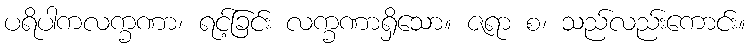
ပရိပါကလက္ခဏာ၊ ရင့်ခြင်း လက္ခဏာရှိသော။ ဇရာ စ၊ သည်လည်းကောင်း။